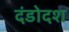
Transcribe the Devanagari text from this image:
दंडोदश